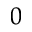
^ { 0 }